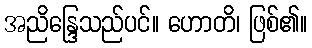
အညိန္ဒြေသည်ပင်။ ဟောတိ၊ ဖြစ်၏။